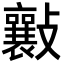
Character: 𣀮